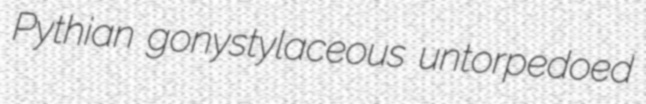
Pythian gonystylaceous untorpedoed